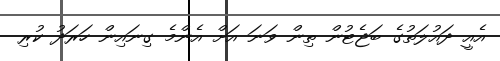
އެއީ ދައުލަތުގެ ބަޖެޓުން ތިން ވަނަ އަށް އެންމެ ގިނައިން ހަރަދު ކުރި